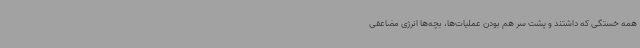
همه خستگی که داشتند و پشت سر هم بودن عملیات‌ها، بچه‌ها انرژی مضاعفی